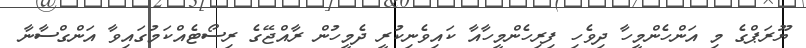
ޔޫރަޕްގެ މި އަންހެންމީހާ ދިވެހި ފިރިހެންމީހާއާ ކައިވެނިކުރީ ދެމީހުން ރާއްޖޭގެ ރިސޯޓެއްކަމުގައިވާ އަންގްސާނާ